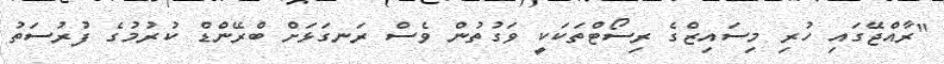
"ރާއްޖޭގައި ހުރި މިސައިޒްގެ ރިސޯޓްތަކަކީ ވަގުތުން ވެސް ރަނގަޅަށް ބްރޭންޑް ކުރުމުގެ ފުރުސަތު